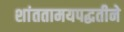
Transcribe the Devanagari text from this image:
शांततामयपद्धतीने